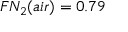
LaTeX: F N _ { 2 } ( a i r ) = 0 . 7 9